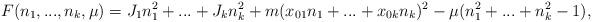
LaTeX: \begin{align*}F(n_1,...,n_k,\mu)=J_1n_1^2+...+J_kn_k^2+m(x_{01}n_1+...+x_{0k}n_k)^2-\mu(n_1^2+...+n_k^2-1),\end{align*}